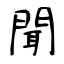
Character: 聞